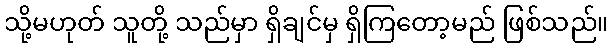
သို့မဟုတ် သူတို့ သည်မှာ ရှိချင်မှ ရှိကြတော့မည် ဖြစ်သည်။